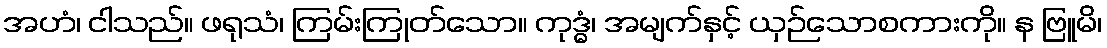
အဟံ၊ ငါသည်။ ဖရုသံ၊ ကြမ်းကြုတ်သော။ ကုဒ္ဓံ၊ အမျက်နှင့် ယှဉ်သောစကားကို။ န ဗြူမိ၊